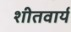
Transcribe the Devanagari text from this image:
शीतवार्य